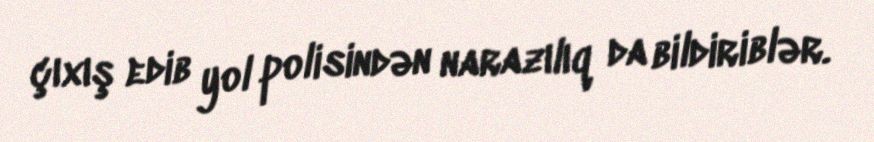
çıxış edib yol polisindən narazılıq da bildiriblər.